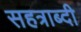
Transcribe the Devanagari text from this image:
सहत्राब्दी